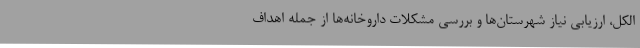
الکل، ارزیابی نیاز شهرستان‌ها و بررسی مشکلات داروخانه‌ها از جمله اهداف